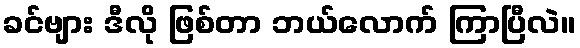
ခင်ဗျား ဒီလို ဖြစ်တာ ဘယ်လောက် ကြာပြီလဲ။